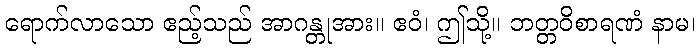
ရောက်လာသော ဧည့်သည် အာဂန္တုအား။ ဧဝံ၊ ဤသို့။ ဘတ္တဝိစာရဏံ နာမ၊